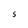
Character: S